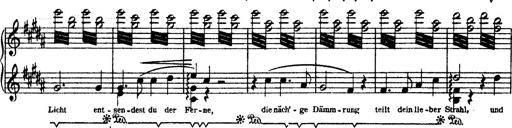
Title: O du mein holder Abendstern
Composer: Franz Liszt